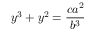
y ^ { 3 } + y ^ { 2 } = { \frac { c a ^ { 2 } } { b ^ { 3 } } }